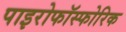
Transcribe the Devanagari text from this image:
पाइरोफॉस्फोरिक